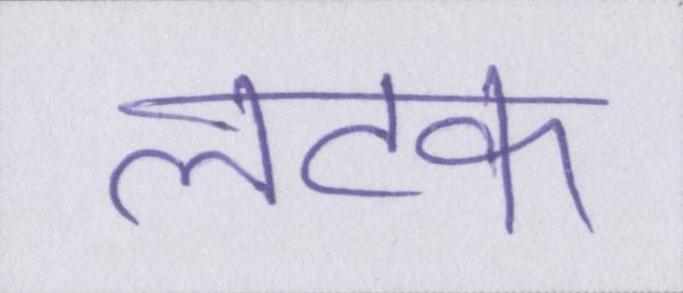
लटक